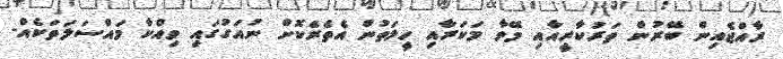
ރާއްޖެއިން ބޭރުން ތަރުކާރީއާއި މޭވާ މަކަރާއި ހީލަތުން އެތެރެކޮށް ނުއަގުގައި ވިއްކާ މައްސަލަތަކެއް-